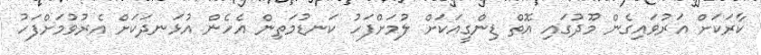
ކާރަކަށް އަރުވައިގެން މޫދުގައި އޮތް ޑިންގީއަކަށް ލުމަށްފަހު ކަނޑުމަތިން އެހެން އުޅަނދަކަށް އެެރުވުމަށްފަހު